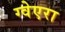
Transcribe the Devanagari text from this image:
ग्वेएरा